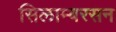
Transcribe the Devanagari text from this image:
सिलाम्बरसन